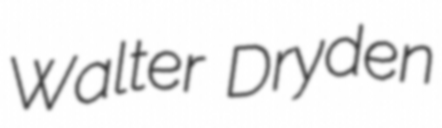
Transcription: Walter Dryden